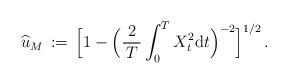
LaTeX: \begin{align*}\widehat{u}_{M}\, :=\, \Big [ 1 - \Big( \frac{\,2\,}{\,T\,} \int^{T}_{0}X_{t}^{2} {\mathrm d} t \Big)^{-2} \Big]^{1/2} \, . \end{align*}